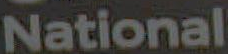
National